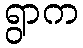
ရွာက